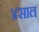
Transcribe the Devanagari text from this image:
४साल